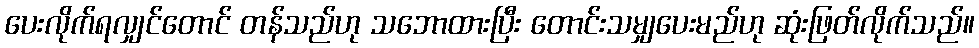
ပေးလိုက်ရလျှင်တောင် တန်သည်ဟု သဘောထားပြီး တောင်းသမျှပေးမည်ဟု ဆုံးဖြတ်လိုက်သည်။